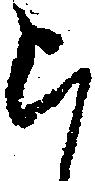
ら